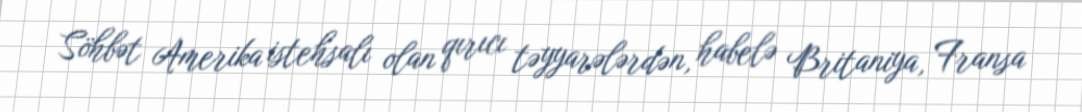
Söhbət Amerika istehsalı olan qırıcı təyyarələrdən, habelə Britaniya, Fransa